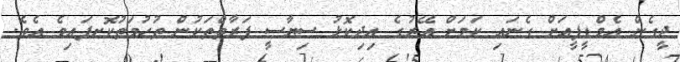
ދީގެން އެމްޑީޕީއަށް ގެނައި ކަމަށް އޭރުގެ އިދިކޮޅު ސިޔާސީ ފަރާތްތަކުން ތުހުމަތުކޮށފައިވެ އެވެ.